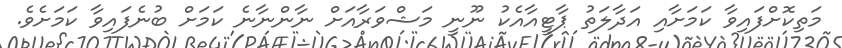
މަތިކޮށްފައިވާ ކަމަށާއި އަދާލަތު ޕާޓީއާއެކު ނޫނީ މަޝްވަރާއަށް ނާންނާނެ ކަމަށް ބުނެފައިވާ ކަމަށެވެ.